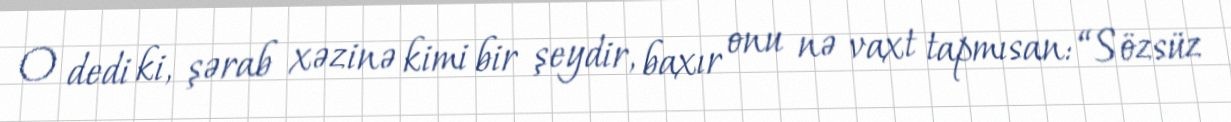
O dedi ki, şərab xəzinə kimi bir şeydir, baxır onu nə vaxt tapmısan: “Sözsüz